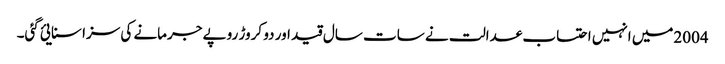
2004میں انہیں احتساب عدالت نے سات سال قید اور دو کروڑ روپے جرمانے کی سزا سنایئ گئی۔